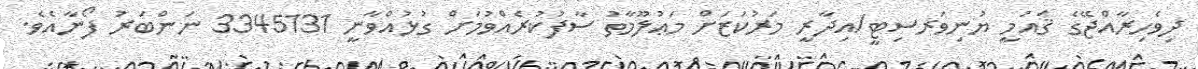
ދިވެހިރާއްޖޭގެ ޤައުމީ ޔުނިވަރސިޓީ/އިދާރީ މަރުކަޒަށް މަޢުލޫމާތު ސާފުކުރެއްވުމަށް ގުޅުއްވާނީ 3345131 ނަންބަރު ފޯނާއެވެ.